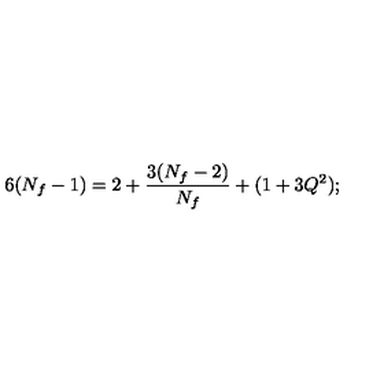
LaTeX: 6 ( N _ { f } - 1 ) = 2 + { \frac { 3 ( N _ { f } - 2 ) } { N _ { f } } } + ( 1 + 3 Q ^ { 2 } ) ;